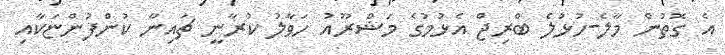
އެ ގޮތުން މާލެ-ހުޅުލެ ބްރިޖް އެޅުމުގެ މަޝްރޫއު ހަވާލު ކުރާނީ ޗައިނާ ކުންފުންޏަކާއި